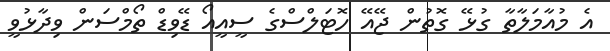
އެ މުއާމަލާތާ ގުޅޭ ގޮތުން ޖޭއޭ ހޮޓަލްސްގެ ސީއީއޯ ޑޭވިޑް ތޯމްސަން ވިދާޅުވީ